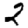
Digit: 2